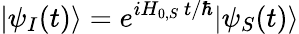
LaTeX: |\psi_{I}(t)\rangle=e^{iH_{0,S}~t/\hbar}|\psi_{S}(t)\rangle